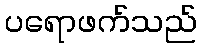
ပရောဖက်သည်